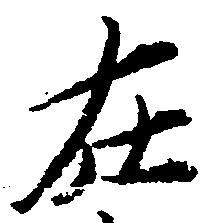
在